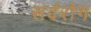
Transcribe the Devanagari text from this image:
सर्वरोग